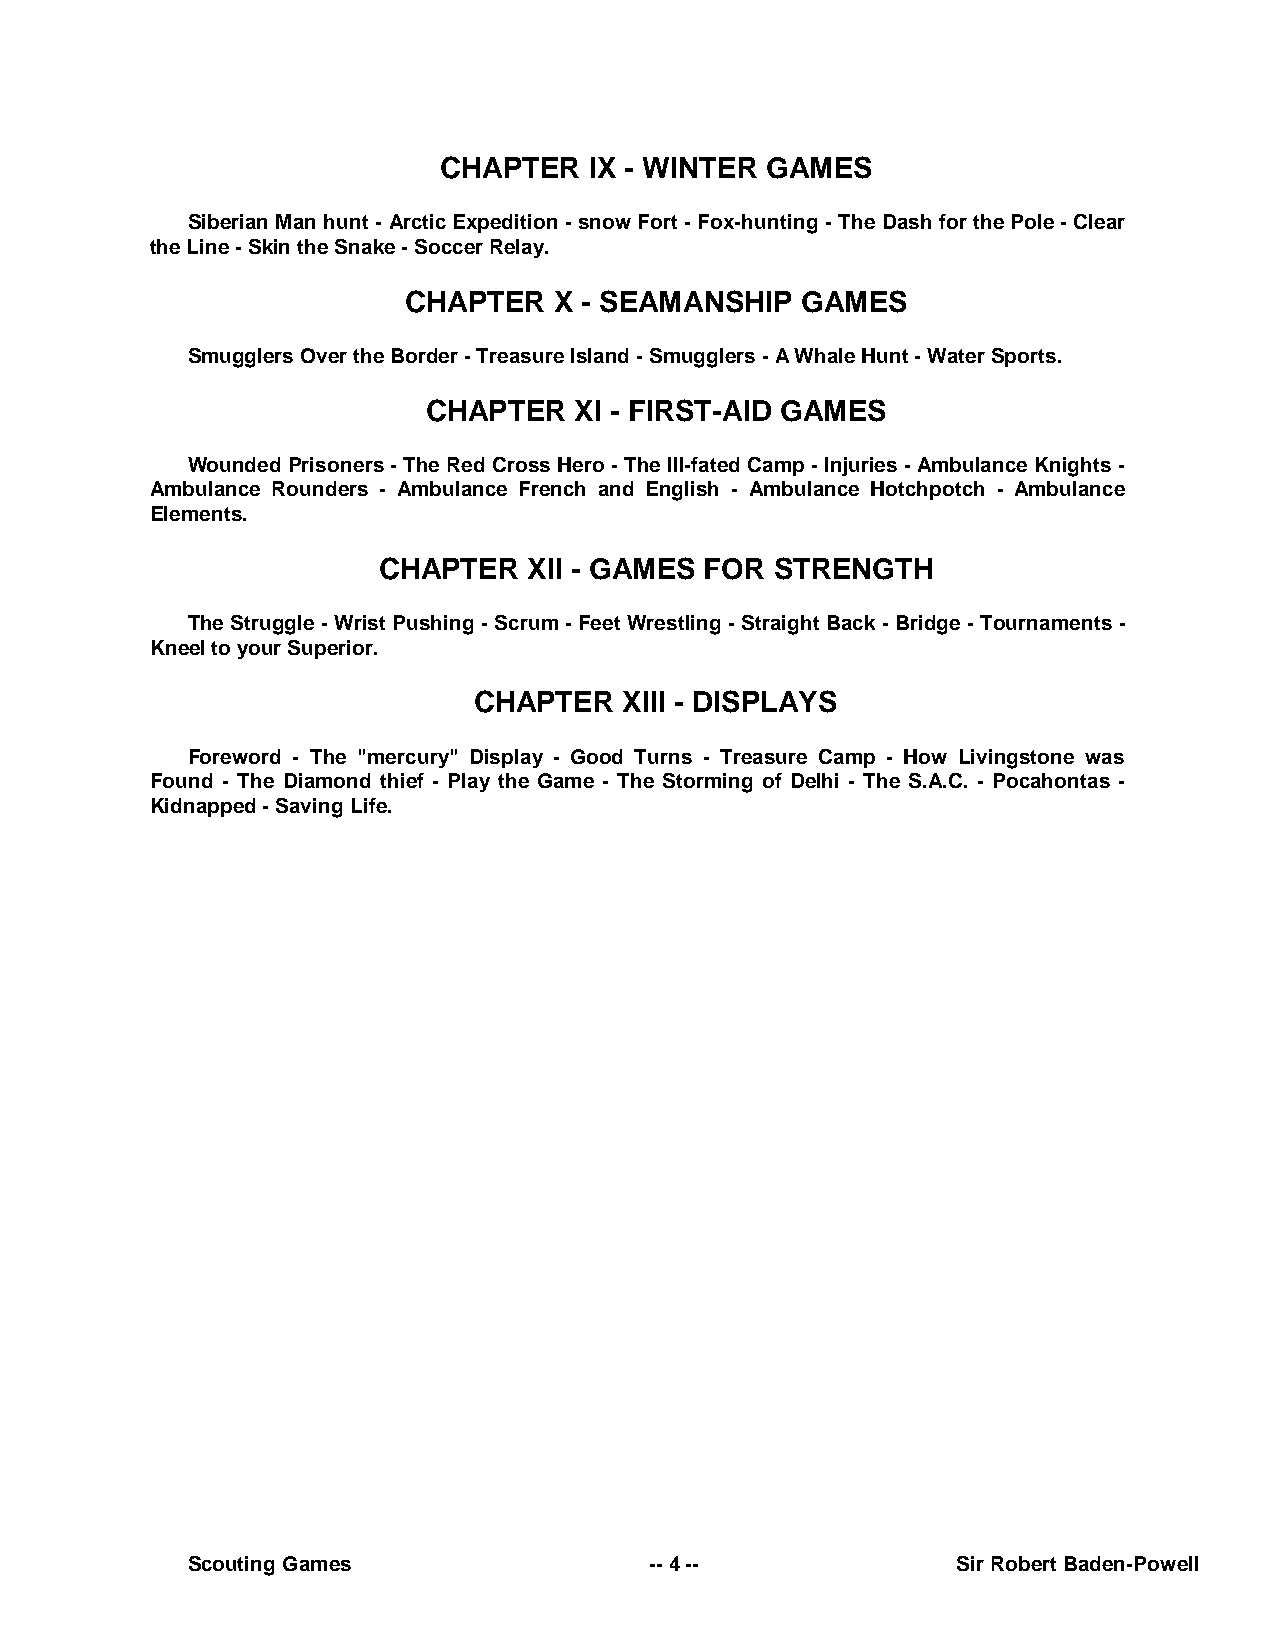
CHAPTER   IX - WINTER GAMES
 Siberian Man hunt - Arctic Expedition - snow Fort - Fox-hunting - The Dash for the Pole - Clear
 the Line - Skin the Snake - Soccer Relay.
 CHAPTER   X - SEAMANSHIP  GAMES
 Smugglers Over the Border - Treasure Island - Smugglers - A Whale Hunt - Water Sports.
 CHAPTER   XI - FIRST-AID GAMES
 Wounded Prisoners - The Red Cross Hero - The Ill-fated Camp - Injuries - Ambulance Knights -
 Ambulance Rounders - Ambulance French and English - Ambulance Hotchpotch - Ambulance
 Elements.
 CHAPTER   XII - GAMES FOR STRENGTH
 The Struggle - Wrist Pushing - Scrum - Feet Wrestling - Straight Back - Bridge - Tournaments -
 Kneel to your Superior.
 CHAPTER   XIII - DISPLAYS
 Foreword - The "mercury" Display - Good Turns - Treasure Camp - How Livingstone was
 Found - The Diamond thief - Play the Game - The Storming of Delhi - The S.A.C. - Pocahontas -
 Kidnapped - Saving Life.
 Scouting Games                 -- 4 --             Sir Robert Baden-Powell